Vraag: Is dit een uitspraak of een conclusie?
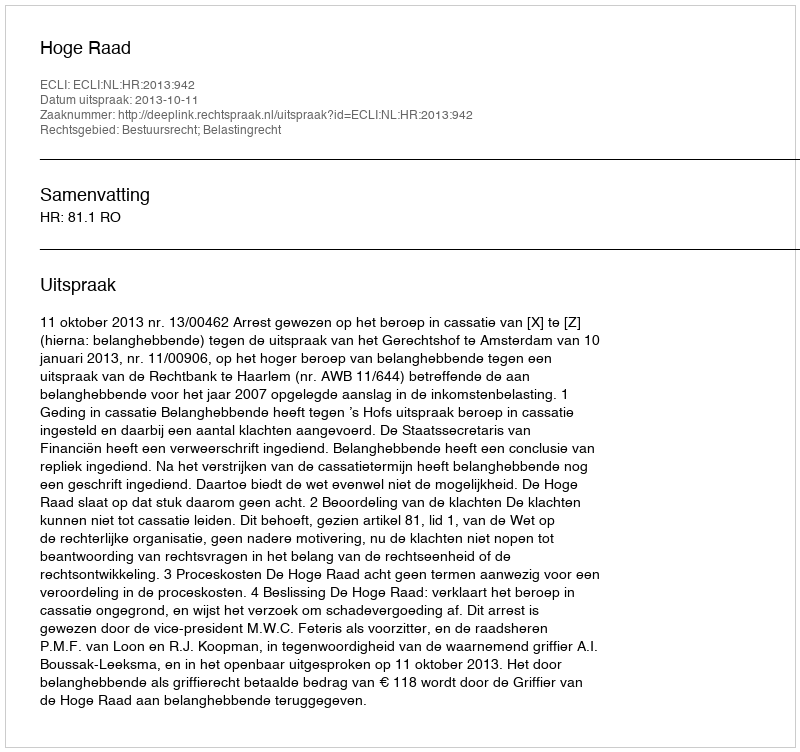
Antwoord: Uitspraak